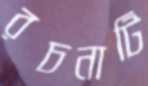
রচনাটি